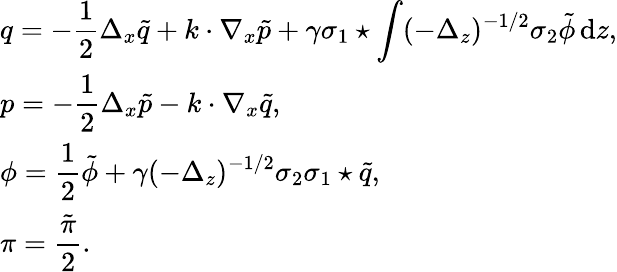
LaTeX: \begin{array}{l}{q=-\displaystyle\frac 12\Delta_{x}\tilde{q}+k\cdot\nabla_{x}\tilde{p}+\gamma\sigma_{1}\star\displaystyle\int(-\Delta_{z})^{-1/2}\sigma_{2}\tilde{\phi}\, {\mathrm{d}}z,}\\ {p=-\displaystyle\frac 12\Delta_{x}\tilde{p}-k\cdot\nabla_{x}\tilde{q},}\\ {\phi=\displaystyle\frac 12\tilde{\phi}+\gamma(-\Delta_{z})^{-1/2}\sigma_{2}\sigma_{1}\star\tilde{q},}\\ {\pi=\displaystyle\frac{\tilde{\pi}}{2}.}\end{array}